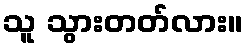
သူ သွားတတ်လား။